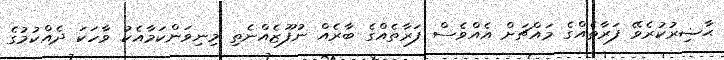
ޙާޟިރުކުރެވޭ ފަރާތެއްގެ މައްޗަށް އެއްވެސް ފަރާތެއްގެ ބާރެއް ނުފޫޒެއްނެތި މިނިވަންކަމާއެކު ވާހަކަ ދެއްކުމުގެ